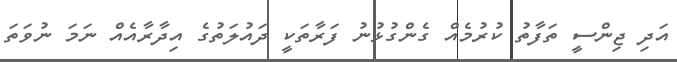
އަދި ޖިންސީ ތަފާތު ކުރުމެއް ގެންގުޅުނު ފަރާތަކީ ދައުލަތުގެ އިދާރާއެއް ނަމަ ނުވަތަ